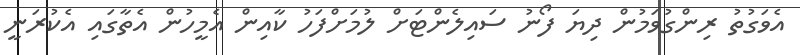
އެވަގުތު ރިންގުވަމުން ދިޔަ ފޯނު ސައިލެންޓަށް ލުމަށްފަހު ކާއިން އެމީހުން އެތާގައި އެކުރަނީ